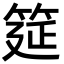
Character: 筵